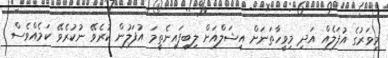
މިވަރުގެ އުފަލެއް އަދި މިވީހާތަނަށް އީޝަލްއަށް ލިބިފައިނެތީމަ އުފަލުން ކުރެވޭ ނުކުރެވޭ ކަމެއްވެސް